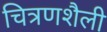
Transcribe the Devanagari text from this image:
चित्रणशैली